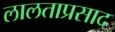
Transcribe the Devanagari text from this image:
लालताप्रसाद